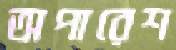
অপারেশ